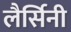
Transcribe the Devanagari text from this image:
लैर्सिनी